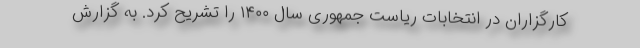
کارگزاران در انتخابات ریاست جمهوری سال ۱۴۰۰ را تشریح کرد. به گزارش